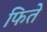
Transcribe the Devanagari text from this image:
फिते